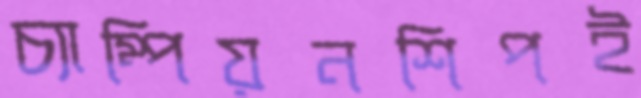
চ্যাম্পিয়নশিপই